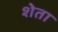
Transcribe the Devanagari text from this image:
शेता